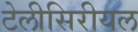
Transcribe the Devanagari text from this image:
टेलीसिरीयल